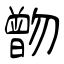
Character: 朆